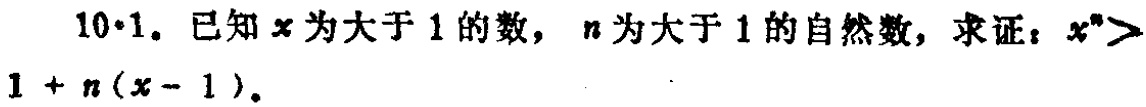
10·1. 已知\(x\)为大于\(1\)的数，\(n\)为大于\(1\)的自然数，求证：\(x^{n}>1 + n(x - 1)\)。